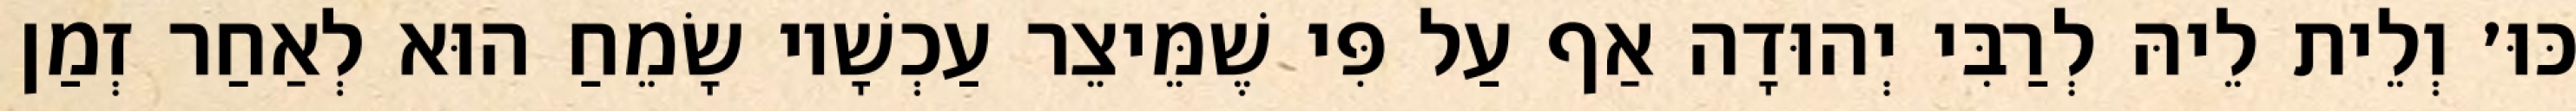
כּוּ׳ וְלֵית לֵיהּ לְרַבִּי יְהוּדָה אַף עַל פִּי שֶׁמֵּיצֵר עַכְשָׁיו שָׂמֵחַ הוּא לְאַחַר זְמַן